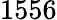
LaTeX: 1556